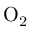
\mathrm { O } _ { 2 }